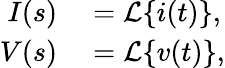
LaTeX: \begin{array}{rl}{I(s)}&{{}={\mathcal{L}}\{ i(t)\} ,}\\ {V(s)}&{{}={\mathcal{L}}\{ v(t)\} ,}\end{array}